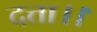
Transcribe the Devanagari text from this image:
दत्ता।।